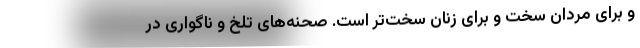
و برای مردان سخت و برای زنان سخت‌تر است. صحنه‌های تلخ و ناگواری در